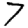
Digit: 7